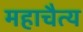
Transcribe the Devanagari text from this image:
महाचैत्‍य